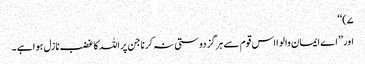
۷)‘‘
اور ’’اے ایمان والو ا اس قوم سے ہرگز دوستی نہ کرنا جن پر اللہ کا غضب نازل ہوا ہے ۔